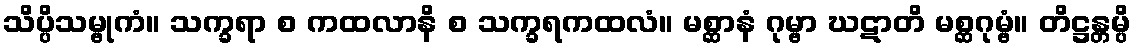
သိပ္ပိသမ္ဗုကံ။ သက္ခရာ စ ကထလာနိ စ သက္ခရကထလံ။ မစ္ဆာနံ ဂုမ္ဗာ ဃဋာတိ မစ္ဆဂုမ္ဗံ။ တိဋ္ဌန္တမ္ပိ